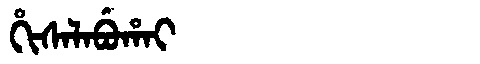
Manchu: ᡥᡳᠰᠠᠯᠠᠪᡠᡥᠠᡳ
Romanization: HISALABUHAI